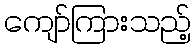
ကျော်ကြားသည့်